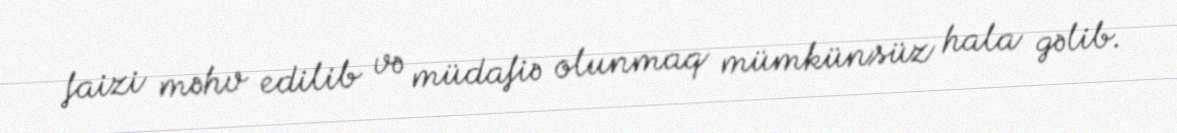
faizi məhv edilib və müdafiə olunmaq mümkünsüz hala gəlib.